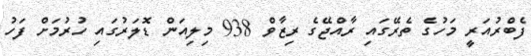
ފެބްރުއަރީ މަހުގެ ތެރޭގައި ރާއްޖޭގެ ރިޒާވް 938 މިލިއަން ޑޮލަރުގައި ހުރުމަށް ފަހު